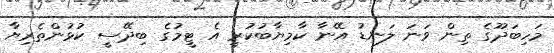
މަހިބަދޫގެ ތިން ވަނަ ލަނޑު އޭނާ ކާމިޔާބުކުރީ އެ ޓީމުގެ ބިދޭސީ ކުޅުންތެރިޔާ